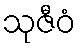
သုဇီဝံ